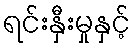
ရင်းနှီးမှုနှင့်